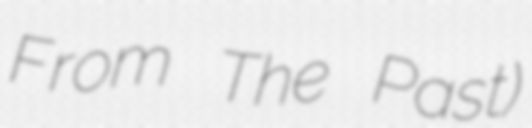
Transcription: From The Past)